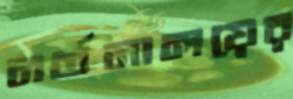
নর্তনালয়ের